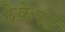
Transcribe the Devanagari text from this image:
ठेकेपत